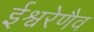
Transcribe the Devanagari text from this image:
ईश्वरेणैव